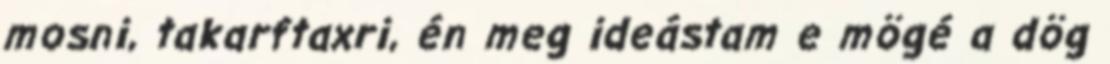
mosni, takarftaxri, én meg ideástam e mögé a dög